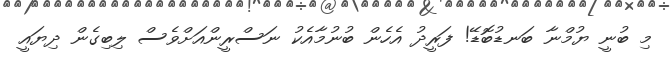
މި ބުނީ ޔުމްނާ ބަނޑުބޮޑޭ! ފަރީދު އެހެން ބުނުމާއެކު ނަސްރީންއަށްވެސް ލިބިގެން ދިޔައީ